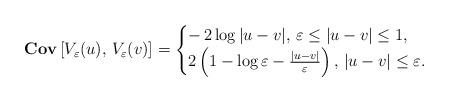
LaTeX: \begin{align*}{\bf{Cov}}\left[V_{\varepsilon}(u), \,V_{\varepsilon}(v)\right] & =\begin{cases}- \, 2\log |u-v|, \, \varepsilon\leq|u-v|\leq 1, \\2\left(1-\log \varepsilon -\frac{|u-v|}{\varepsilon}\right),\, |u-v|\leq \varepsilon.\end{cases}\end{align*}